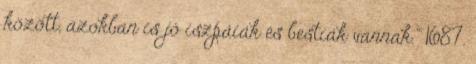
között, azokban is jó iszpáiák és bestiák vannak." 1687.